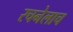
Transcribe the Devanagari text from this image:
रचनेलाच